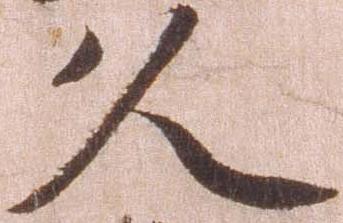
久